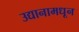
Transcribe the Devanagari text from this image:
उद्यानामधून